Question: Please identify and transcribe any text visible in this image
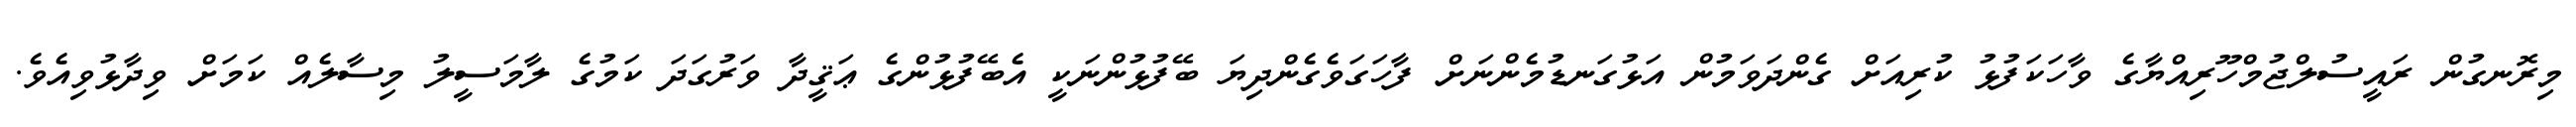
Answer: މިރޮނގުން ރައީސުލްޖުމްހޫރިއްޔާގެ ވާހަކަފުޅު ކުރިއަށް ގެންދަވަމުން އަޅުގަނޑުމެންނަށް ފާހަގަވެގެންދިޔަ ބޭފުޅުންނަކީ އެބޭފުޅުންގެ ޢަޤީދާ ވަރުގަދަ ކަމުގެ ލާމަސީލު މިސާލެއް ކަމަށް ވިދާޅުވިއެވެ.